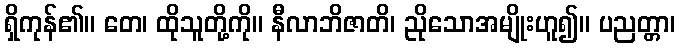
ရှိကုန်၏။ တေ၊ ထိုသူတို့ကို။ နီလာဘိဇာတိ၊ ညိုသောအမျိုးဟူ၍။ ပညတ္တာ၊